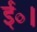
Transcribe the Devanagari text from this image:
ई०।